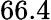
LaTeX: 66.4